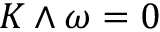
K \wedge \omega = 0